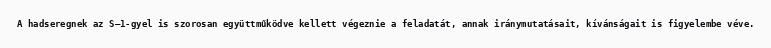
A hadseregnek az S–1-gyel is szorosan együttműködve kellett végeznie a feladatát, annak iránymutatásait, kívánságait is figyelembe véve.